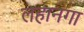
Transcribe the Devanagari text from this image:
लहानगा